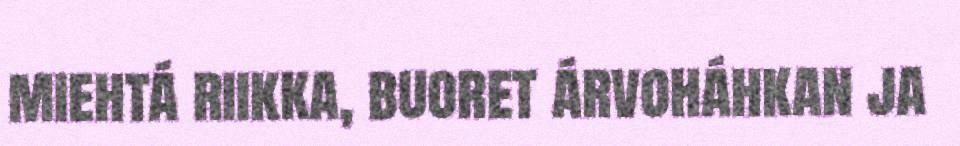
miehtá riikka, buoret árvoháhkan ja